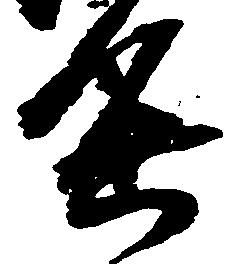
進